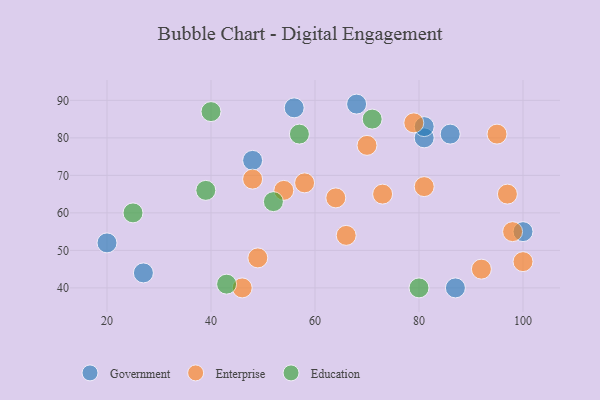
{"axis": {"x": "GDP", "y": "Life Expectancy"}, "legend": ["Education", "Enterprise", "Government"], "data": [{"x": "81", "y": 80, "type": "Government"}, {"x": "68", "y": 89, "type": "Government"}, {"x": "56", "y": 88, "type": "Government"}, {"x": "27", "y": 44, "type": "Government"}, {"x": "48", "y": 74, "type": "Government"}, {"x": "20", "y": 52, "type": "Government"}, {"x": "81", "y": 83, "type": "Government"}, {"x": "100", "y": 55, "type": "Government"}, {"x": "86", "y": 81, "type": "Government"}, {"x": "87", "y": 40, "type": "Government"}, {"x": "100", "y": 47, "type": "Enterprise"}, {"x": "97", "y": 65, "type": "Enterprise"}, {"x": "95", "y": 81, "type": "Enterprise"}, {"x": "73", "y": 65, "type": "Enterprise"}, {"x": "49", "y": 48, "type": "Enterprise"}, {"x": "58", "y": 68, "type": "Enterprise"}, {"x": "66", "y": 54, "type": "Enterprise"}, {"x": "98", "y": 55, "type": "Enterprise"}, {"x": "81", "y": 67, "type": "Enterprise"}, {"x": "48", "y": 69, "type": "Enterprise"}, {"x": "79", "y": 84, "type": "Enterprise"}, {"x": "64", "y": 64, "type": "Enterprise"}, {"x": "92", "y": 45, "type": "Enterprise"}, {"x": "54", "y": 66, "type": "Enterprise"}, {"x": "70", "y": 78, "type": "Enterprise"}, {"x": "46", "y": 40, "type": "Enterprise"}, {"x": "39", "y": 66, "type": "Education"}, {"x": "71", "y": 85, "type": "Education"}, {"x": "40", "y": 87, "type": "Education"}, {"x": "80", "y": 40, "type": "Education"}, {"x": "43", "y": 41, "type": "Education"}, {"x": "57", "y": 81, "type": "Education"}, {"x": "25", "y": 60, "type": "Education"}, {"x": "52", "y": 63, "type": "Education"}]}